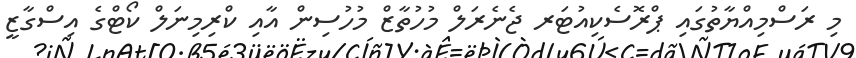
މި ރަސްމިއްޔާތުގައި ޕްރޮސެކިއުޓަރ ޖެނެރަލް މުހުތާޒް މުހުސިން އާއި ކްރިމިނަލް ކޯޓްގެ އިސްގާޒީ